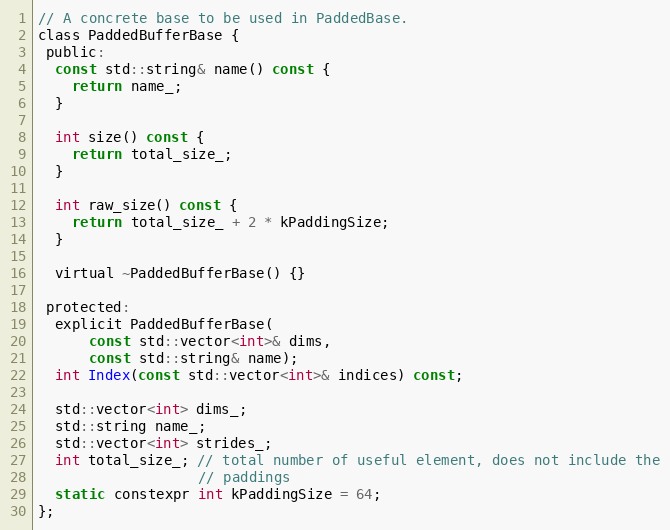
Language: C
// A concrete base to be used in PaddedBase.
class PaddedBufferBase {
 public:
  const std::string& name() const {
    return name_;
  }

  int size() const {
    return total_size_;
  }

  int raw_size() const {
    return total_size_ + 2 * kPaddingSize;
  }

  virtual ~PaddedBufferBase() {}

 protected:
  explicit PaddedBufferBase(
      const std::vector<int>& dims,
      const std::string& name);
  int Index(const std::vector<int>& indices) const;

  std::vector<int> dims_;
  std::string name_;
  std::vector<int> strides_;
  int total_size_; // total number of useful element, does not include the
                   // paddings
  static constexpr int kPaddingSize = 64;
};